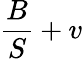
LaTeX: \frac{B}{S}+v